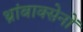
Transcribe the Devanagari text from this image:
थ्रांबाक्सेनों